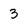
Character: 3